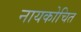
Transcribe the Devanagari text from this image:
नायकोचित